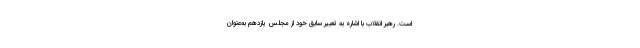
است. رهبر انقلاب با اشاره به تعبیر سابق خود از مجلس یازدهم به‌عنوان